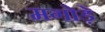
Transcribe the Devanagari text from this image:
मगोड़े